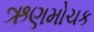
ઋણમોચક